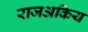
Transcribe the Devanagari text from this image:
राजअकिय